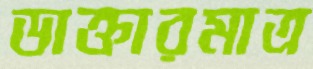
ডাক্তারমাত্র